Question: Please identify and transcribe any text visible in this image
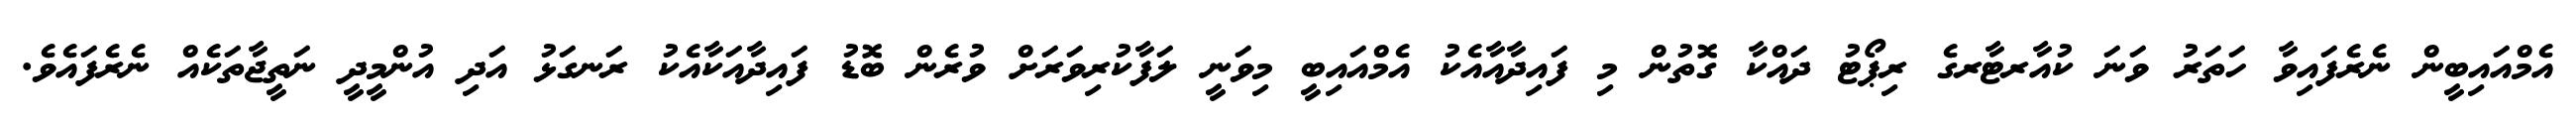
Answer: އެމްއައިބީން ނެރެފައިވާ ހަތަރު ވަނަ ކުއާރޓާރގެ ރިޕޯޓު ދައްކާ ގޮތުން މި ފައިދާއާއެކު އެމްއައިބީ މިވަނީ ލަފާކުރިވަރަށް ވުރެން ބޮޑު ފައިދާއަކާއެކު ރަނގަޅު އަދި އުންމީދީ ނަތީޖާތަކެއް ނެރެފައެވެ.